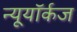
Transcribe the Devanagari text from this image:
न्यूयॉर्कज